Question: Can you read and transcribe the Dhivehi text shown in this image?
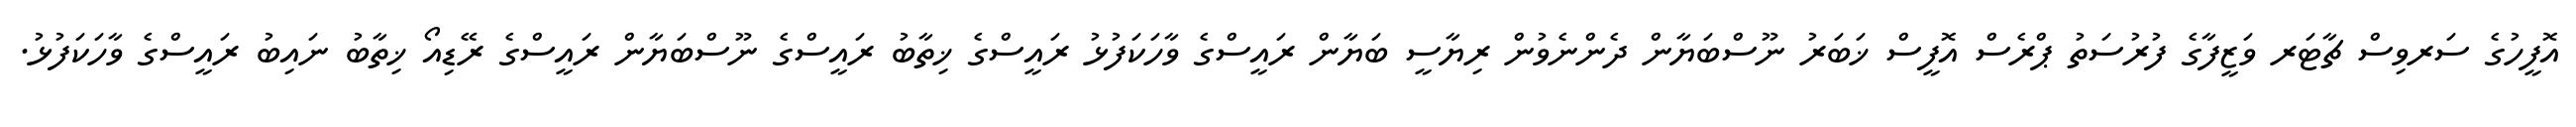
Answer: އޮފީހުގެ ސަރވިސް ޗާޓަރ ވަޒީފާގެ ފުރުސަތު ޕްރެސް އޮފީސް ޚަބަރު ނޫސްބަޔާން ދެންނެވުން ރިޔާސީ ބަޔާން ރައީސްގެ ވާހަކަފުޅު ރައީސްގެ ޚިތާބު ރައީސްގެ ނޫސްބަޔާން ރައީސްގެ ރޭޑިއޯ ޚިތާބު ނައިބު ރައީސްގެ ވާހަކަފުޅު.